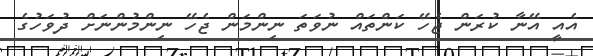
އެއީ އޭނާ ކުރަން ޖެހޭ ކަންތައް ނުވަތަ ނިންމަން ޖެހޭ ނިންމުންނަށް ދުވަހުގެ